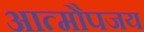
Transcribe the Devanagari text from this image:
आत्मौपजय